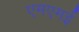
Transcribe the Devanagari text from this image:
एमएमई